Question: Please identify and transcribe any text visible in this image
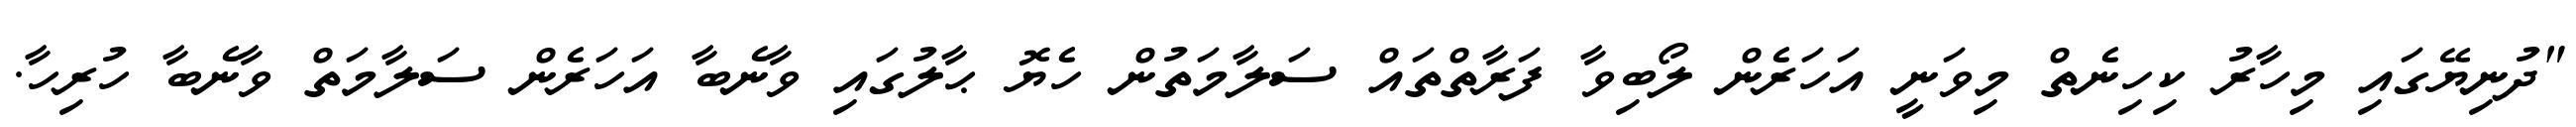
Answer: "ދުނިޔޭގައި މިހާރު ކިހިނެތް މިވަނީ އަހަރެން ލޯބިވާ ފަރާތްތައް ސަލާމަތުން ހެޔޮ ޙާލުގައި ވާނެބާ އަހަރެން ސަލާމަތް ވާނެބާ ހުރިހާ.